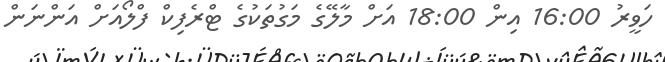
ހަވީރު 16:00 އިން 18:00 އަށް މާލޭގެ މަގުތަކުގެ ޓްރެފިކް ފްލޯއަށް އަންނަން